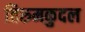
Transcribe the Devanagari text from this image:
तिरुमकुदल